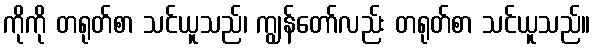
ကိုကို တရုတ်စာ သင်ယူသည်၊ ကျွန်တော်လည်း တရုတ်စာ သင်ယူသည်။